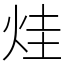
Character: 烓